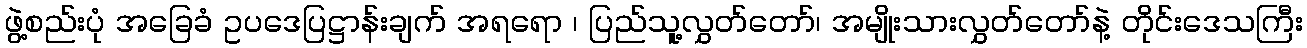
ဖွဲ့စည်းပုံ အခြေခံ ဥပဒေပြဋ္ဌာန်းချက် အရရော ၊ ပြည်သူ့လွှတ်တော်၊ အမျိုးသားလွှတ်တော်နဲ့ တိုင်းဒေသကြီး